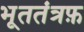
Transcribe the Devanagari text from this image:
भूततंत्रफ़